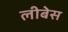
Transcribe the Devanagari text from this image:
लीबेस